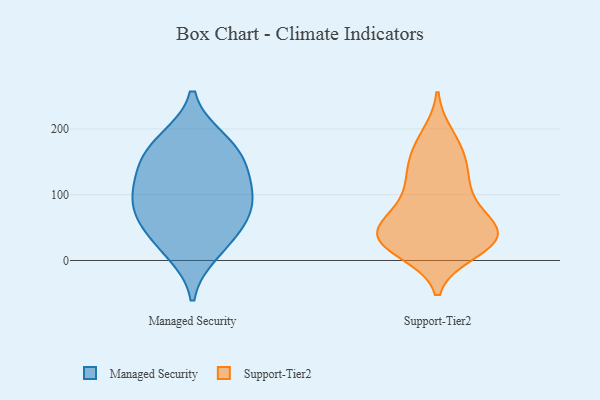
{"axis": {"x": "Headcount", "y": "Value"}, "legend": ["Managed Security", "Support-Tier2"], "data": [{"x": "", "y": 13, "type": "Managed Security"}, {"x": "", "y": 34, "type": "Managed Security"}, {"x": "", "y": 76, "type": "Managed Security"}, {"x": "", "y": 89, "type": "Managed Security"}, {"x": "", "y": 122, "type": "Managed Security"}, {"x": "", "y": 57, "type": "Managed Security"}, {"x": "", "y": 91, "type": "Managed Security"}, {"x": "", "y": 175, "type": "Managed Security"}, {"x": "", "y": 134, "type": "Managed Security"}, {"x": "", "y": 154, "type": "Managed Security"}, {"x": "", "y": 183, "type": "Managed Security"}, {"x": "", "y": 34, "type": "Support-Tier2"}, {"x": "", "y": 43, "type": "Support-Tier2"}, {"x": "", "y": 162, "type": "Support-Tier2"}, {"x": "", "y": 31, "type": "Support-Tier2"}, {"x": "", "y": 136, "type": "Support-Tier2"}, {"x": "", "y": 189, "type": "Support-Tier2"}, {"x": "", "y": 128, "type": "Support-Tier2"}, {"x": "", "y": 35, "type": "Support-Tier2"}, {"x": "", "y": 125, "type": "Support-Tier2"}, {"x": "", "y": 19, "type": "Support-Tier2"}, {"x": "", "y": 41, "type": "Support-Tier2"}, {"x": "", "y": 175, "type": "Support-Tier2"}, {"x": "", "y": 33, "type": "Support-Tier2"}, {"x": "", "y": 14, "type": "Support-Tier2"}, {"x": "", "y": 91, "type": "Support-Tier2"}, {"x": "", "y": 60, "type": "Support-Tier2"}, {"x": "", "y": 89, "type": "Support-Tier2"}, {"x": "", "y": 34, "type": "Support-Tier2"}, {"x": "", "y": 63, "type": "Support-Tier2"}]}